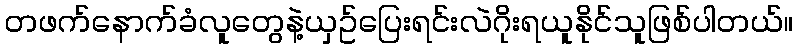
တဖက်နောက်ခံလူတွေနဲ့ယှဥ်ပြေးရင်းလဲဂိုးရယူနိုင်သူဖြစ်ပါတယ်။